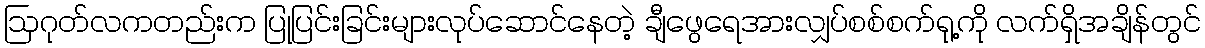
ဩဂုတ်လကတည်းက ပြုပြင်းခြင်းများလုပ်ဆောင်နေတဲ့ ချီဖွေရေအားလျှပ်စစ်စက်ရု့ကို လက်ရှိအချိန်တွင်